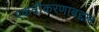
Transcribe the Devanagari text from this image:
एकत्रीकरणाबद्दल